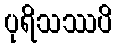
ပုရိသဿပိ